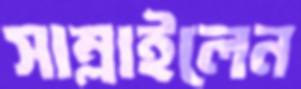
সাম্‌লাইলেন